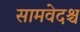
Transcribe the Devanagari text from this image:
सामवेदश्च